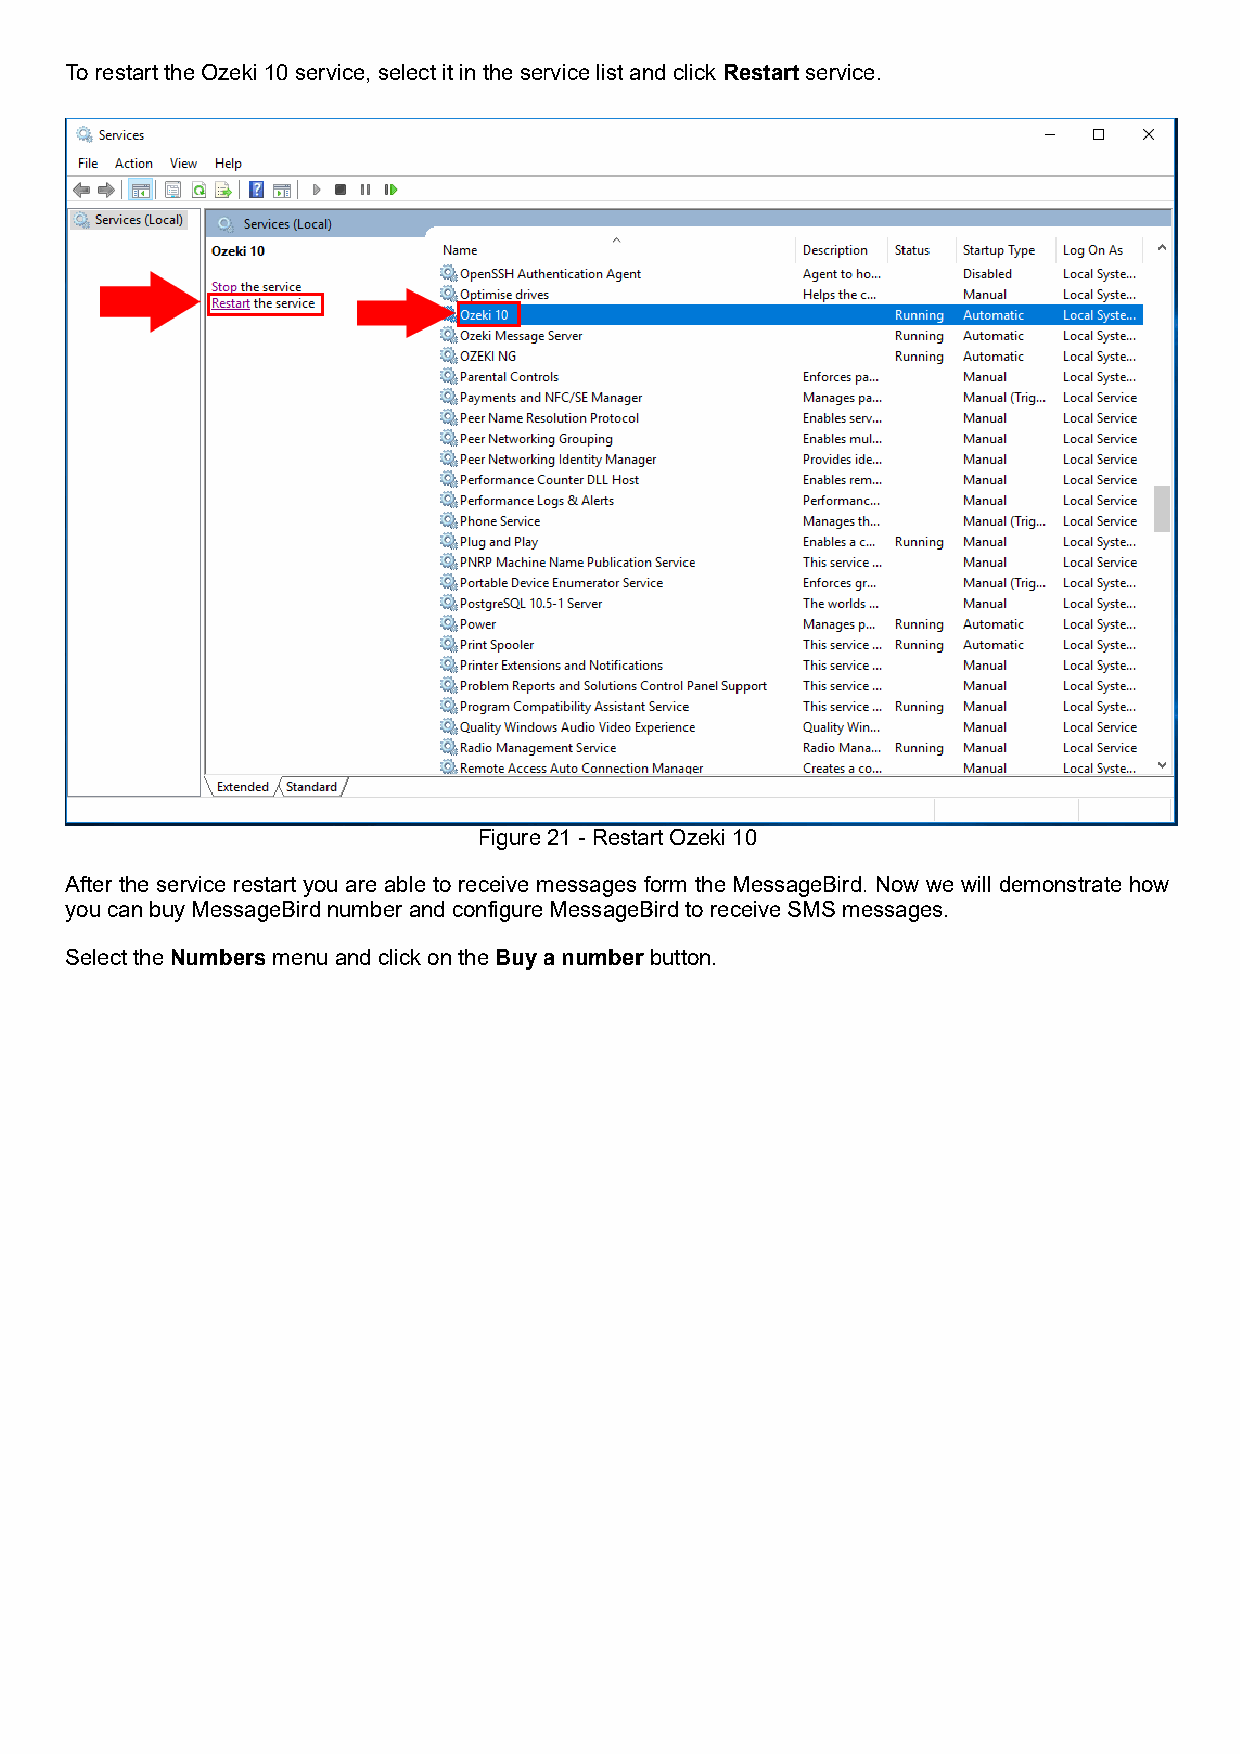
To restart the Ozeki 10 service, select it in the service list and click Restart service.
 Figure 21 - Restart Ozeki 10
 After the service restart you are able to receive messages form the MessageBird. Now we will demonstrate how
 you can buy MessageBird number and configure MessageBird to receive SMS messages.
 Select the Numbers menu and click on the Buy a number button.